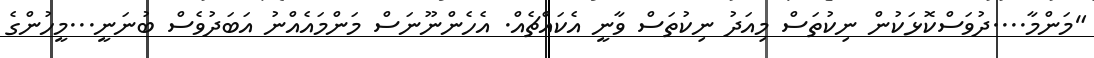
"މަންމާ....ދުވަސްކޮޅަކުން ނިކުތަސް މިއަދު ނިކުތަސް ވާނީ އެކައްޗެއް. އެހެންނޫނަސް މަންމައެއްނު އަބަދުވެސް ބުނަނީ...މީހުންގެ